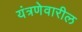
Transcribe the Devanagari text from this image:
यंत्रणेवारील